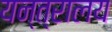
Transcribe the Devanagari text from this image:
यन्त्रालय